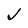
Character: J